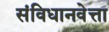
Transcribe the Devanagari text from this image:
संविधानवेत्ता